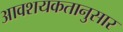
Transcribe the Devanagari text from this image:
आवशयकतानुसार